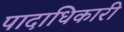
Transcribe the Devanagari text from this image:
पादाधिकारी